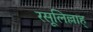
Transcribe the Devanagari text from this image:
रसूलिल्लाह्